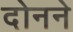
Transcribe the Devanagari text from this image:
दोनने